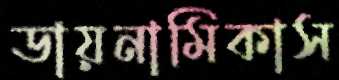
ডায়নামিকাস